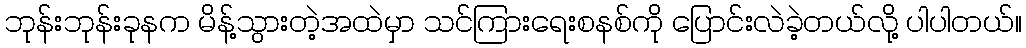
ဘုန်းဘုန်းခုနက မိန့်သွားတဲ့အထဲမှာ သင်ကြားရေးစနစ်ကို ပြောင်းလဲခဲ့တယ်လို့ ပါပါတယ်။